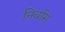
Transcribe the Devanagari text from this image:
निर्वास